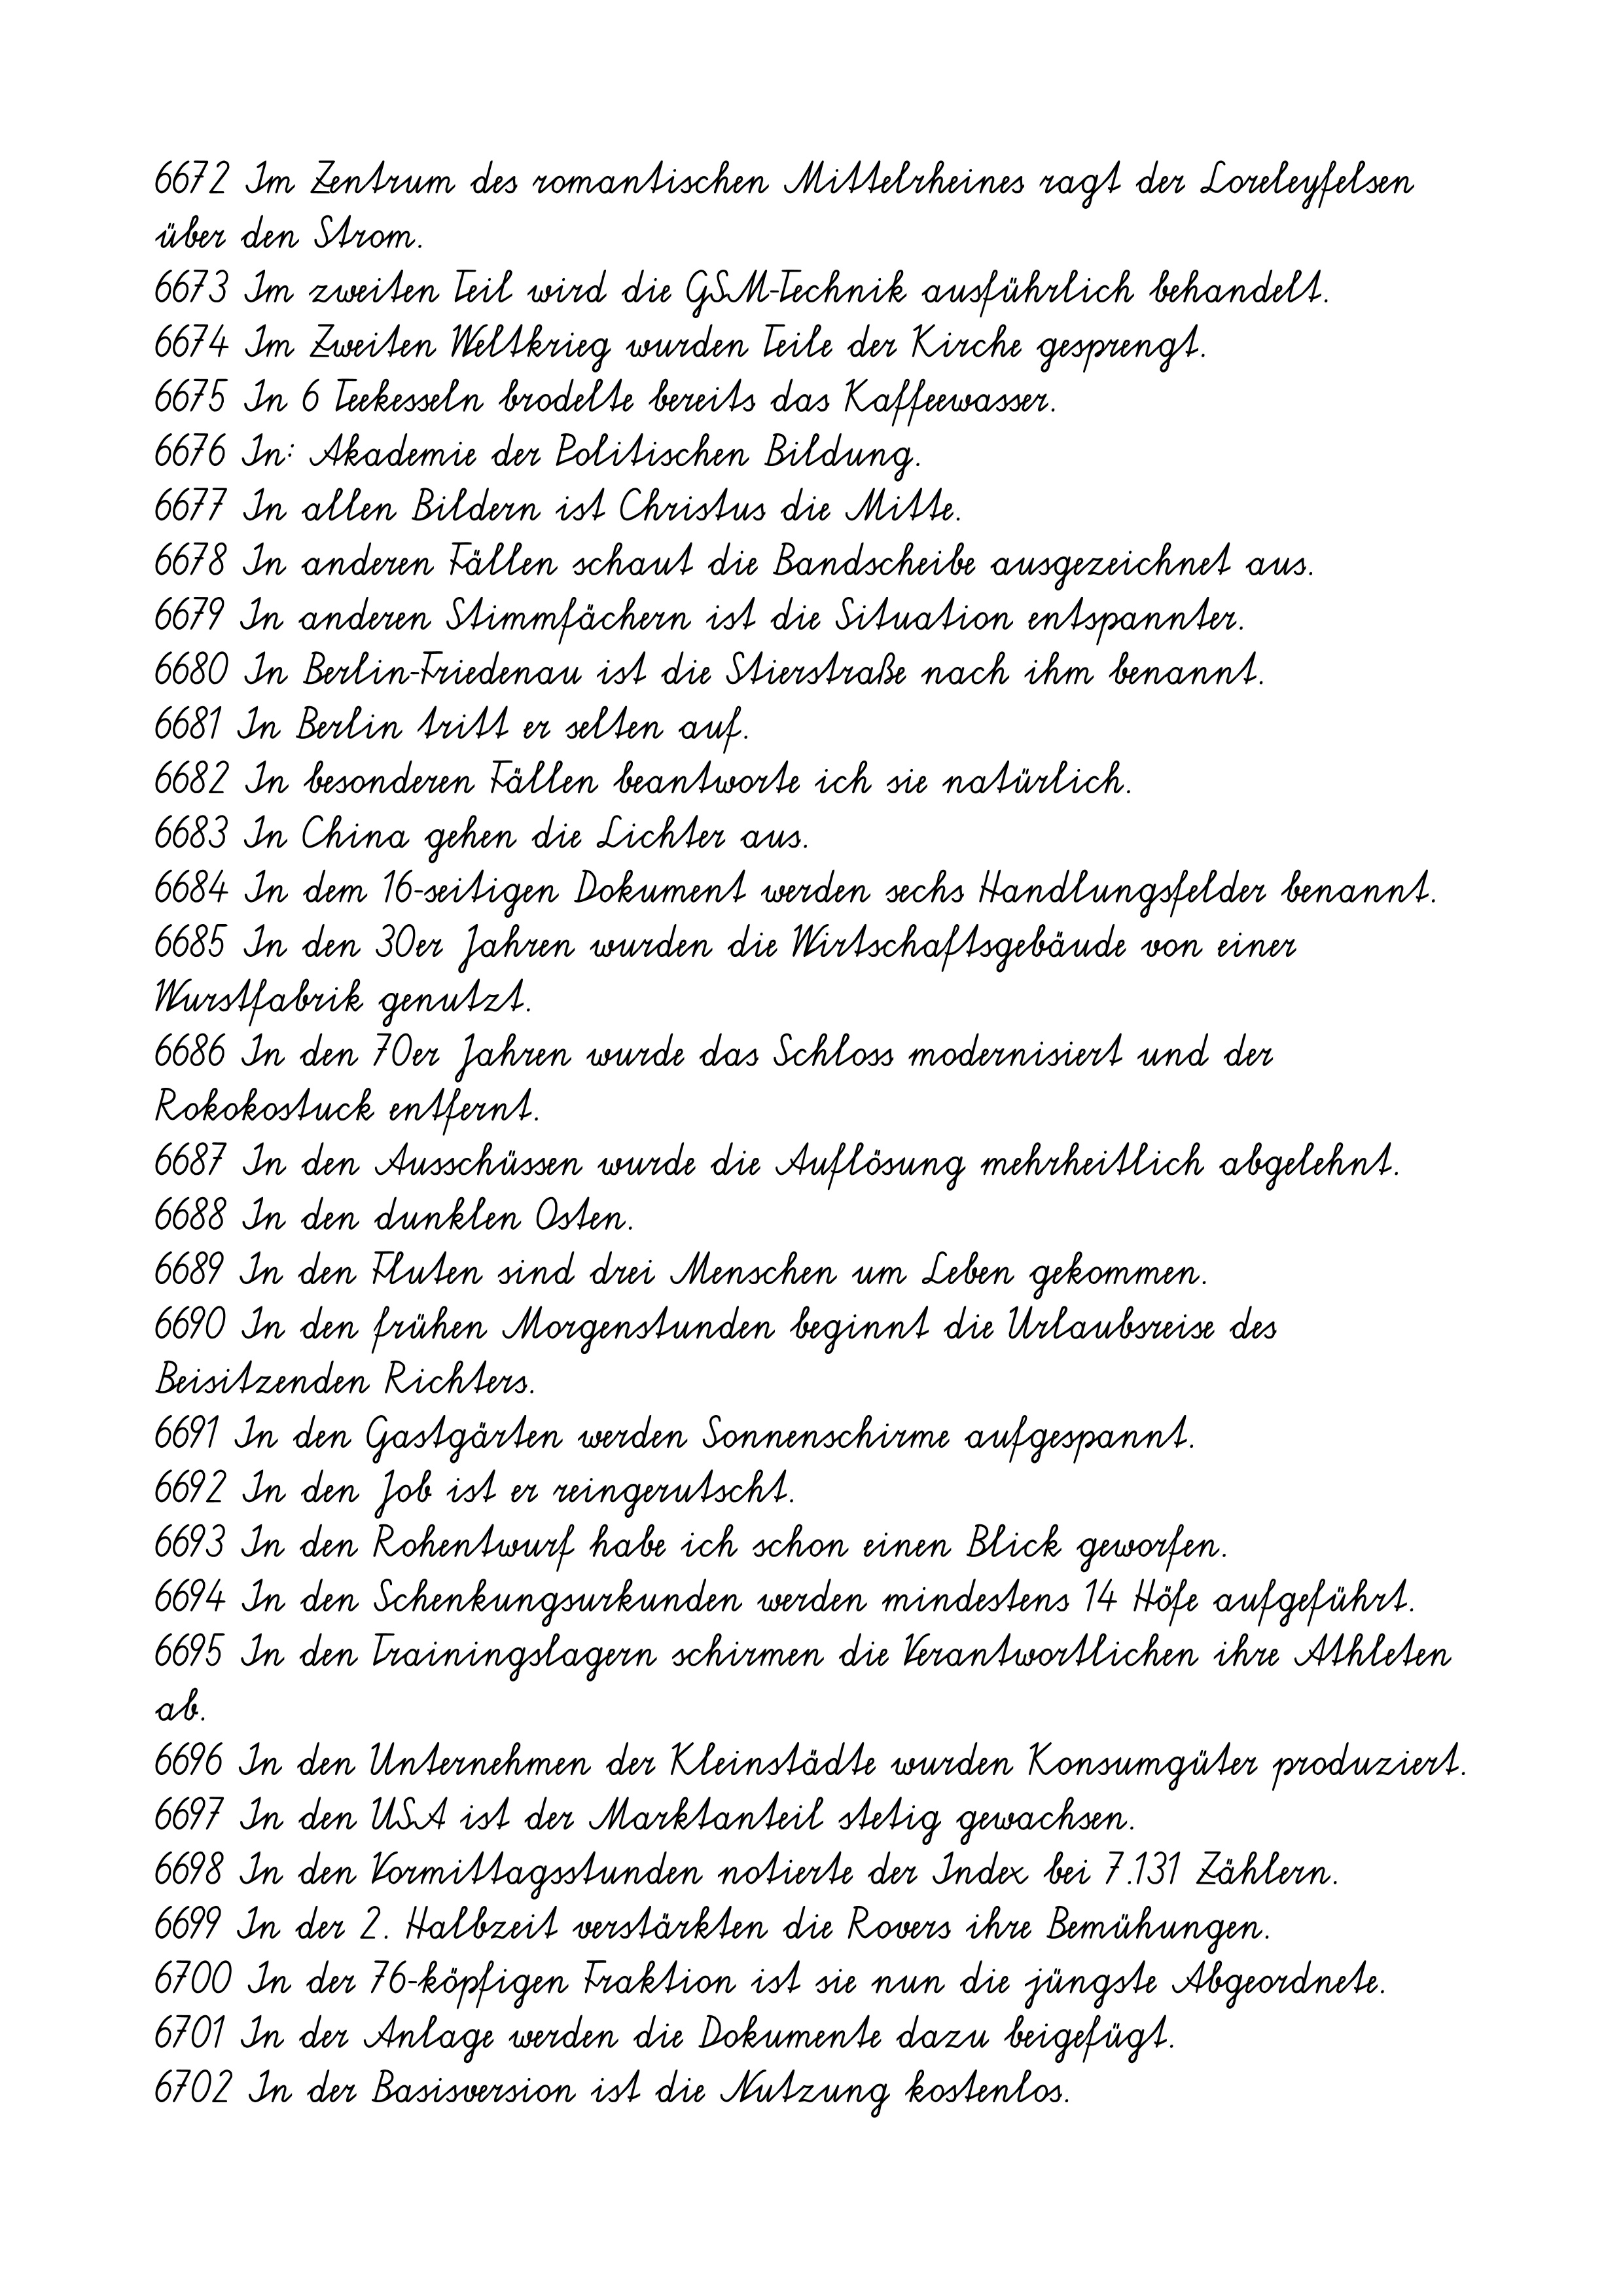
6672 Im Zentrum des romantischen Mittelrheines ragt der Loreleyfelsen
über den Strom.
6673 Im zweiten Teil wird die GSM-Technik ausführlich behandelt.
6674 Im Zweiten Weltkrieg wurden Teile der Kirche gesprengt.
6675 In 6 Teekesseln brodelte bereits das Kaffeewasser.
6676 In: Akademie der Politischen Bildung.
6677 In allen Bildern ist Christus die Mitte.
6678 In anderen Fällen schaut die Bandscheibe ausgezeichnet aus.
6679 In anderen Stimmfächern ist die Situation entspannter.
6680 In Berlin-Friedenau ist die Stierstraße nach ihm benannt.
6681 In Berlin tritt er selten auf.
6682 In besonderen Fällen beantworte ich sie natürlich.
6683 In China gehen die Lichter aus.
6684 In dem 16-seitigen Dokument werden sechs Handlungsfelder benannt.
6685 In den 30er Jahren wurden die Wirtschaftsgebäude von einer
Wurstfabrik genutzt.
6686 In den 70er Jahren wurde das Schloss modernisiert und der
Rokokostuck entfernt.
6687 In den Ausschüssen wurde die Auflösung mehrheitlich abgelehnt.
6688 In den dunklen Osten.
6689 In den Fluten sind drei Menschen um Leben gekommen.
6690 In den frühen Morgenstunden beginnt die Urlaubsreise des
Beisitzenden Richters.
6691 In den Gastgärten werden Sonnenschirme aufgespannt.
6692 In den Job ist er reingerutscht.
6693 In den Rohentwurf habe ich schon einen Blick geworfen.
6694 In den Schenkungsurkunden werden mindestens 14 Höfe aufgeführt.
6695 In den Trainingslagern schirmen die Verantwortlichen ihre Athleten
ab.
6696 In den Unternehmen der Kleinstädte wurden Konsumgüter produziert.
6697 In den USA ist der Marktanteil stetig gewachsen.
6698 In den Vormittagsstunden notierte der Index bei 7.131 Zählern.
6699 In der 2. Halbzeit verstärkten die Rovers ihre Bemühungen.
6700 In der 76-köpfigen Fraktion ist sie nun die jüngste Abgeordnete.
6701 In der Anlage werden die Dokumente dazu beigefügt.
6702 In der Basisversion ist die Nutzung kostenlos.